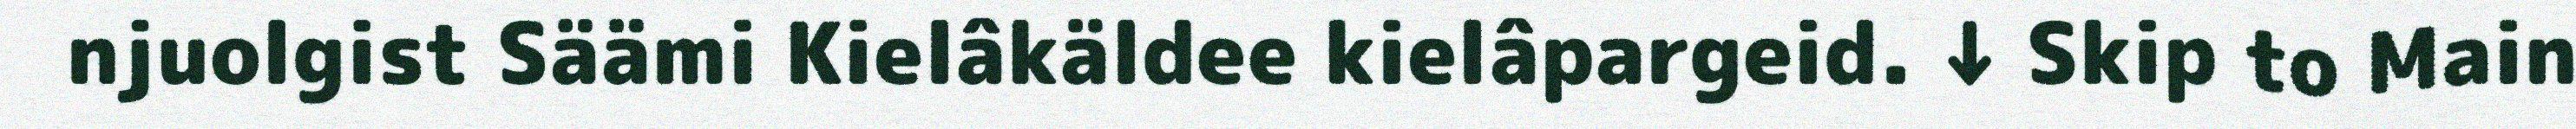
njuolgist Säämi Kielâkäldee kielâpargeid. ↓ Skip to Main